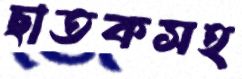
ছাতকসহ